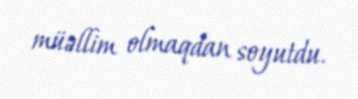
müəllim olmaqdan soyutdu.